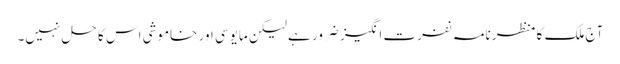
آج ملک کا منظر نامہ نفرت انگیز ضرور ہے لیکن مایوسی اور خاموشی اس کا حل نہیں۔